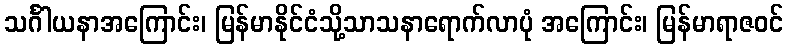
သင်္ဂါယနာအကြောင်း၊ မြန်မာနိုင်ငံသို့သာသနာရောက်လာပုံ အကြောင်း၊ မြန်မာရာဇဝင်